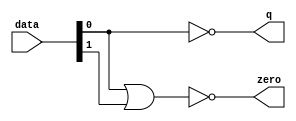
module  acl_fp_add_double_altpriority_encoder_nh8
	( 
	data,
	q,
	zero) ;
	input   [1:0]  data;
	output   [0:0]  q;
	output   zero;
	assign
		q = {(~ data[0])},
		zero = (~ (data[0] | data[1]));
endmodule